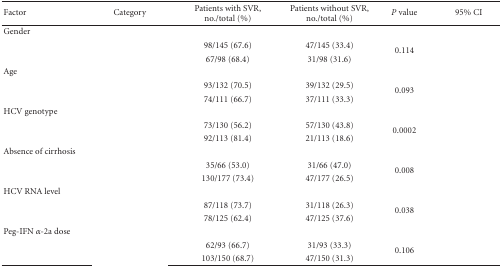
<table><thead><tr><td><b>Factor</b></td><td><b>Category</b></td><td><b>Patients with SVR, no./total (%)</b></td><td><b>Patients without SVR, no./total (%)</b></td><td><b><i>P</i> value</b></td><td><b>95% CI</b></td></tr></thead><tbody><tr><td>Gender</td><td>[EMPTY_CELL]</td><td>[EMPTY_CELL]</td><td>[EMPTY_CELL]</td><td>[EMPTY_CELL]</td><td>[EMPTY_CELL]</td></tr><tr><td>[EMPTY_CELL]</td><td>[EMPTY_CELL]</td><td>98/145 (67.6)</td><td>47/145 (33.4)</td><td rowspan="2">0.114</td><td rowspan="2">[EMPTY_CELL]</td></tr><tr><td>[EMPTY_CELL]</td><td>[EMPTY_CELL]</td><td>67/98 (68.4)</td><td>31/98 (31.6)</td></tr><tr><td>Age</td><td>[EMPTY_CELL]</td><td>[EMPTY_CELL]</td><td>[EMPTY_CELL]</td><td>[EMPTY_CELL]</td><td>[EMPTY_CELL]</td></tr><tr><td>[EMPTY_CELL]</td><td>[EMPTY_CELL]</td><td>93/132 (70.5)</td><td>39/132 (29.5)</td><td rowspan="2">0.093</td><td rowspan="2">[EMPTY_CELL]</td></tr><tr><td>[EMPTY_CELL]</td><td>[EMPTY_CELL]</td><td>74/111 (66.7)</td><td>37/111 (33.3)</td></tr><tr><td>HCV genotype</td><td>[EMPTY_CELL]</td><td>[EMPTY_CELL]</td><td>[EMPTY_CELL]</td><td>[EMPTY_CELL]</td><td>[EMPTY_CELL]</td></tr><tr><td>[EMPTY_CELL]</td><td>[EMPTY_CELL]</td><td>73/130 (56.2)</td><td>57/130 (43.8)</td><td rowspan="2">0.0002</td><td rowspan="2">[EMPTY_CELL]</td></tr><tr><td>[EMPTY_CELL]</td><td>[EMPTY_CELL]</td><td>92/113 (81.4)</td><td>21/113 (18.6)</td></tr><tr><td>Absence of cirrhosis</td><td>[EMPTY_CELL]</td><td>[EMPTY_CELL]</td><td>[EMPTY_CELL]</td><td>[EMPTY_CELL]</td><td>[EMPTY_CELL]</td></tr><tr><td>[EMPTY_CELL]</td><td>[EMPTY_CELL]</td><td>35/66 (53.0)</td><td>31/66 (47.0)</td><td rowspan="2">0.008</td><td rowspan="2">[EMPTY_CELL]</td></tr><tr><td>[EMPTY_CELL]</td><td>[EMPTY_CELL]</td><td>130/177 (73.4)</td><td>47/177 (26.5)</td></tr><tr><td>HCV RNA level</td><td>[EMPTY_CELL]</td><td>[EMPTY_CELL]</td><td>[EMPTY_CELL]</td><td>[EMPTY_CELL]</td><td>[EMPTY_CELL]</td></tr><tr><td>[EMPTY_CELL]</td><td>[EMPTY_CELL]</td><td>87/118 (73.7)</td><td>31/118 (26.3)</td><td rowspan="2">0.038</td><td rowspan="2">[EMPTY_CELL]</td></tr><tr><td>[EMPTY_CELL]</td><td>[EMPTY_CELL]</td><td>78/125 (62.4)</td><td>47/125 (37.6)</td></tr><tr><td>Peg-IFN <i>α</i>-2a dose </td><td>[EMPTY_CELL]</td><td>[EMPTY_CELL]</td><td>[EMPTY_CELL]</td><td>[EMPTY_CELL]</td><td>[EMPTY_CELL]</td></tr><tr><td>[EMPTY_CELL]</td><td>[EMPTY_CELL]</td><td>62/93 (66.7)</td><td>31/93 (33.3)</td><td rowspan="2">0.106</td><td rowspan="2">[EMPTY_CELL]</td></tr><tr><td>[EMPTY_CELL]</td><td>[EMPTY_CELL]</td><td>103/150 (68.7)</td><td>47/150 (31.3)</td></tr></tbody></table>